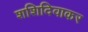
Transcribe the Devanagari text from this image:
शशिदिवाकर